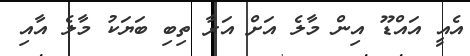
އެއީ އައްޑޫ އިން މާލެ އަށް އަރާ ތިބި ބަޔަކު މާލެ އާއި